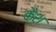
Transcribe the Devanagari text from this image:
क़ैश